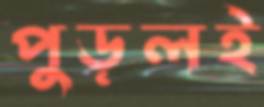
পুড়লই